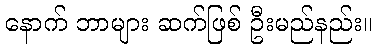
နောက် ဘာများ ဆက်ဖြစ် ဦးမည်နည်း။